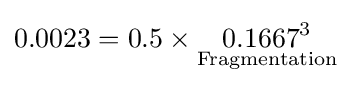
0.0023=0.5\times {\underset {\text{Fragmentation}}{0.1667^{3}}}